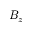
B _ { z }